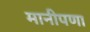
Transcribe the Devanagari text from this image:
मानीपणा